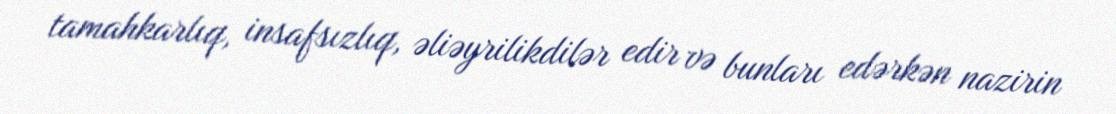
tamahkarlıq, insafsızlıq, əliəyrilikdilər edir və bunları edərkən nazirin